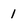
Character: 1